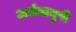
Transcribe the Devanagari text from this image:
अर्धमानुषी